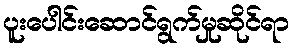
ပူးပေါင်းဆောင်ရွက်မှုဆိုင်ရာ